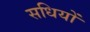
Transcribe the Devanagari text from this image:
सधियों